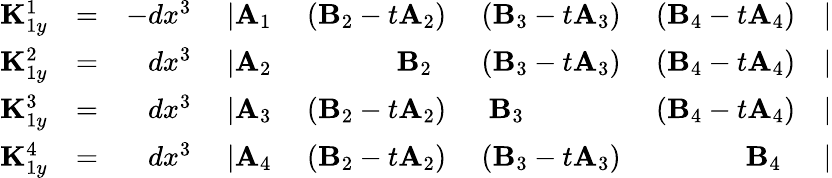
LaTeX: \begin{array}{rlrlrlrl}{{\mathbf K}_{1y}^{1}}&{=}&{-dx^{3}~}&{\vert{\mathbf A}_{1}}&{~({\mathbf B}_{2}-t{\mathbf A}_{2})}&{~({\mathbf B}_{3}-t{\mathbf A}_{3})}&{~({\mathbf B}_{4}-t{\mathbf A}_{4})}&{\vert}\\ {{\mathbf K}_{1y}^{2}}&{=}&{dx^{3}~}&{\vert{\mathbf A}_{2}}&{~~{\mathbf B}_{2}~~}&{~({\mathbf B}_{3}-t{\mathbf A}_{3})}&{~({\mathbf B}_{4}-t{\mathbf A}_{4})}&{\vert}\\ {{\mathbf K}_{1y}^{3}}&{=}&{dx^{3}~}&{\vert{\mathbf A}_{3}}&{~({\mathbf B}_{2}-t{\mathbf A}_{2})}&{~~{\mathbf B}_{3}~~}&{~({\mathbf B}_{4}-t{\mathbf A}_{4})}&{\vert}\\ {{\mathbf K}_{1y}^{4}}&{=}&{dx^{3}~}&{\vert{\mathbf A}_{4}}&{~({\mathbf B}_{2}-t{\mathbf A}_{2})}&{~({\mathbf B}_{3}-t{\mathbf A}_{3})}&{~~{\mathbf B}_{4}~~}&{\vert}\end{array}